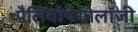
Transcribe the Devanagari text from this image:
पैलियोपैथोलॉजी